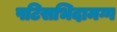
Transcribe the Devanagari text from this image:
पटिसभिदामग्ग